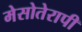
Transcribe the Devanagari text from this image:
मेसोतेरापी